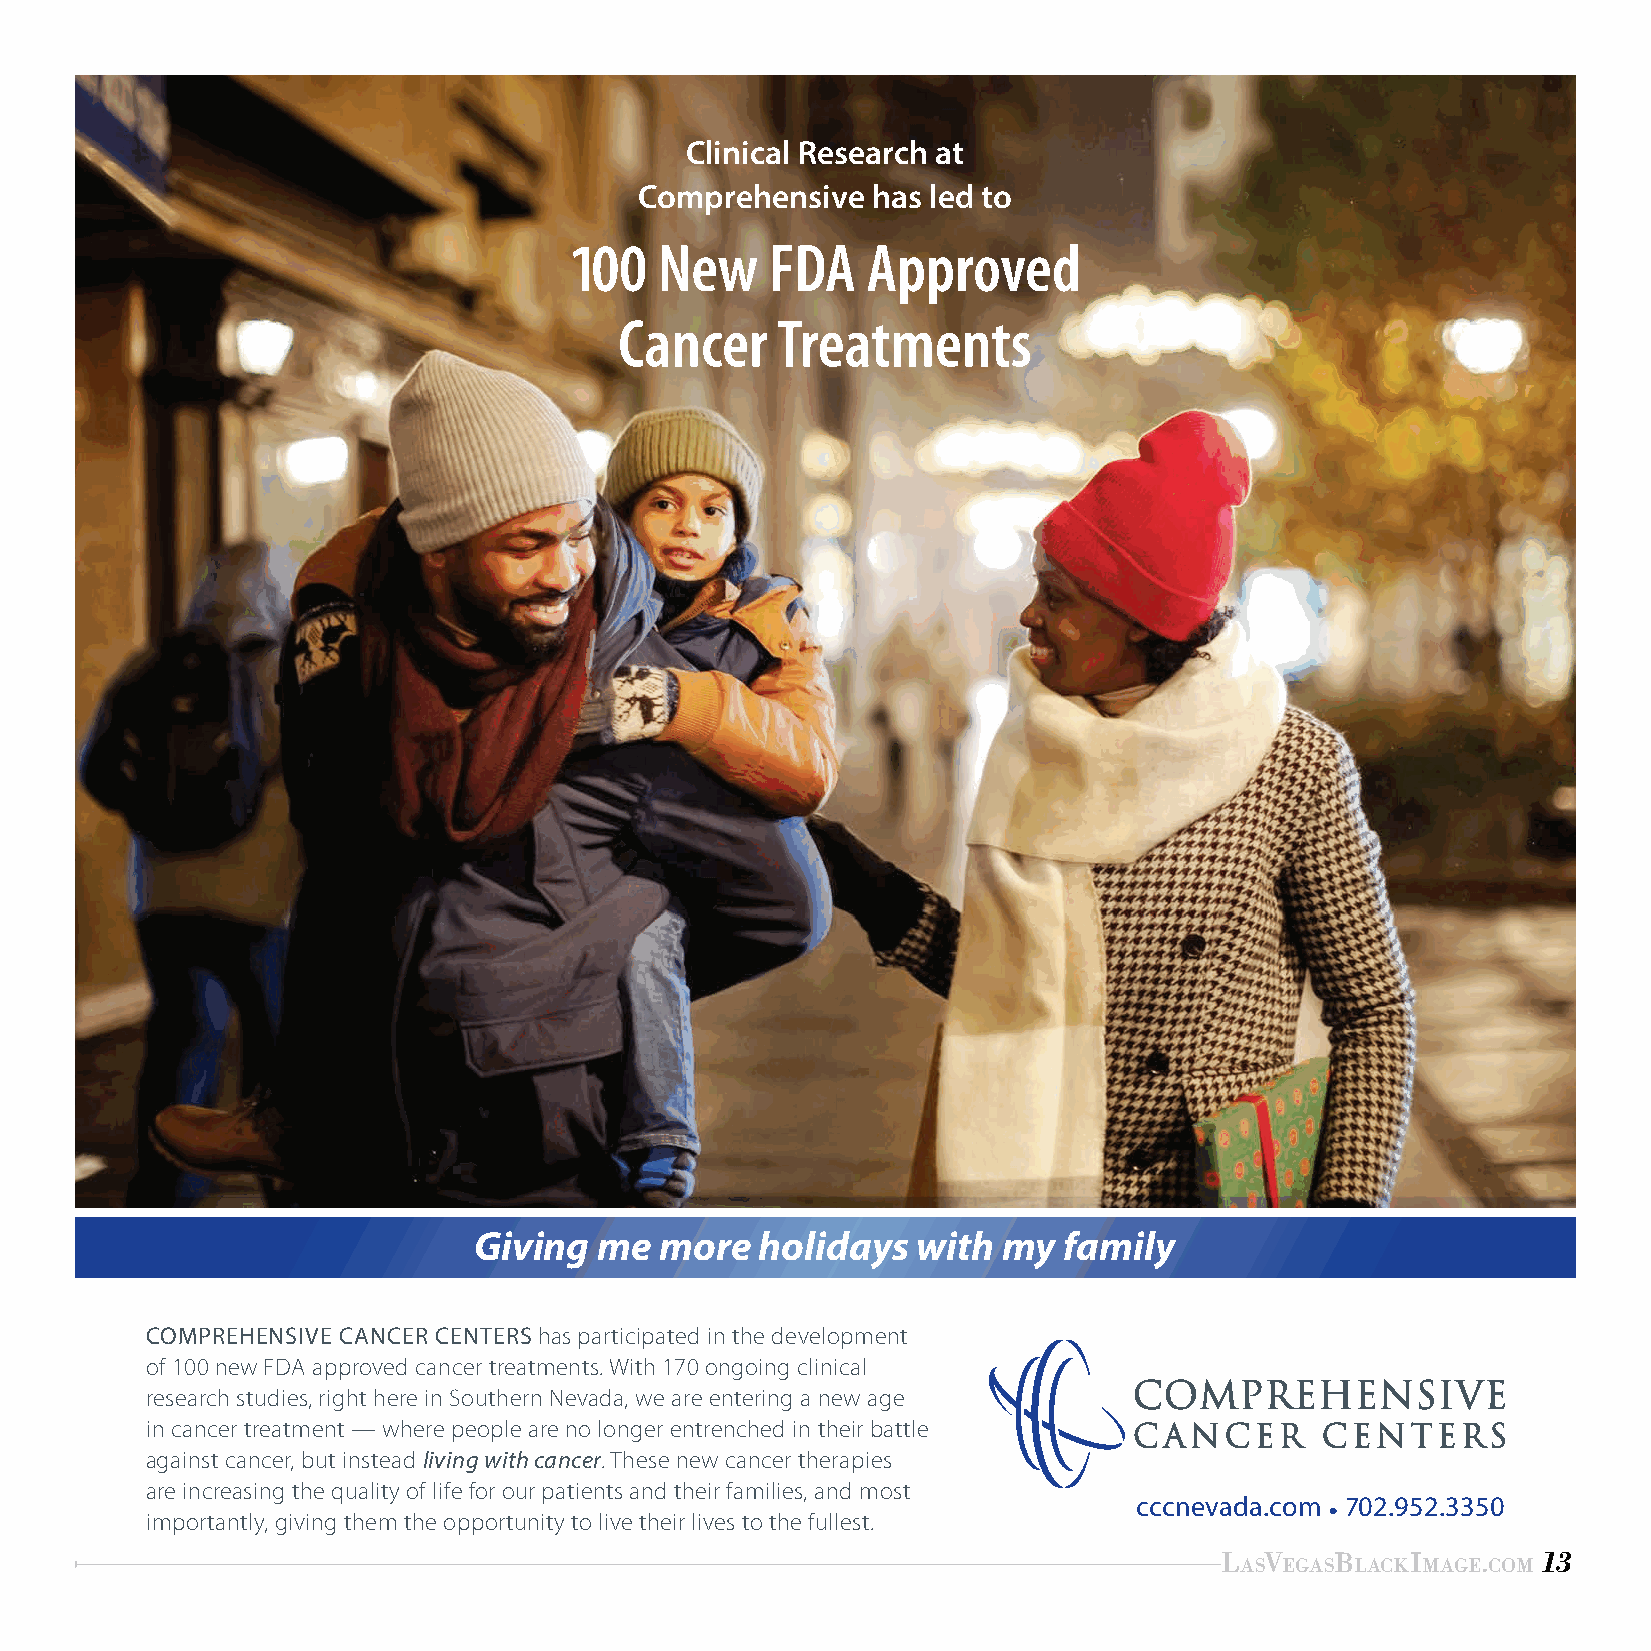
Clinical Research at
 Comprehensive   has led to
 100   New    FDA   Approved
 Cancer    Treatments
 Giving   me  more  holidays   with my  family
 COMPREHENSIVE CANCER CENTERS has participated in the development
 of 100 new FDA approved cancer treatments. With 170 ongoing clinical
 research studies, right here in Southern Nevada, we are entering a new age
 in cancer treatment — where people are no longer entrenched in their battle
 against cancer, but instead living with cancer. These new cancer therapies
 are increasing the quality of life for our patients and their families, and most
 cccnevada.com • 702.952.3350
 importantly, giving them the opportunity to live their lives to the fullest.
 LasVegasBLackImage.com 13